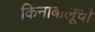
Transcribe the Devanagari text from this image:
किनाबालूची